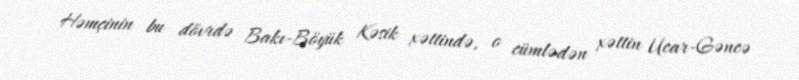
Həmçinin bu dövrdə Bakı-Böyük Kəsik xəttində, o cümlədən xəttin Ucar-Gəncə